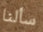
سألنا